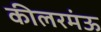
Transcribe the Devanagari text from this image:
कीलरमंऊ